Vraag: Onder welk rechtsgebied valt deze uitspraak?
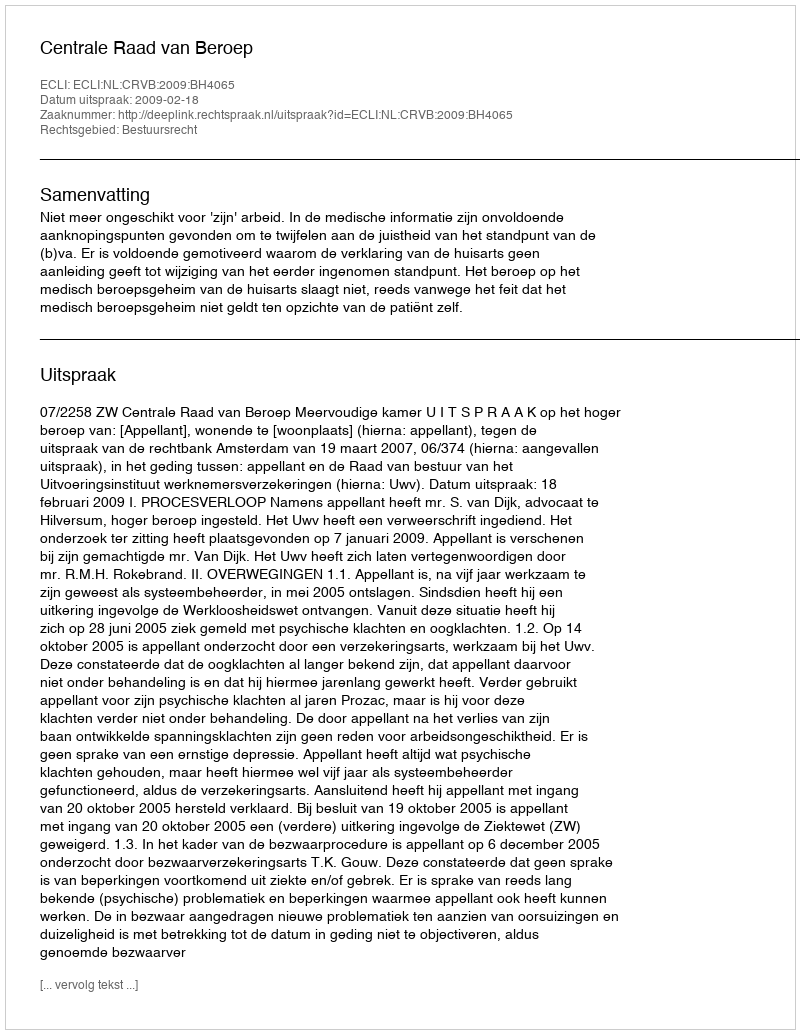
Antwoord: Bestuursrecht